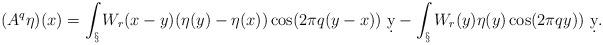
LaTeX: \begin{align*}(A^q\eta)(x) = \int_\S W_r(x-y)(\eta(y)-\eta(x))\cos(2\pi q(y-x))\ \d y - \int_\S W_r(y)\eta(y)\cos(2\pi q y))\ \d y.\end{align*}